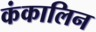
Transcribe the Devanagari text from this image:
कंकालिन